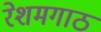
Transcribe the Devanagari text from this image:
रेशमगाठ